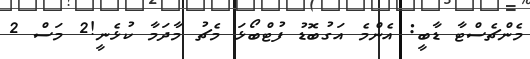
މެންޗެސްޓާ ޑާބީ: އެންމެ އަގުބޮޑު ފުޓްބޯޅަ މެޗު މާދަމާ ކުޅެނީ!2 މަސް 2